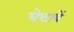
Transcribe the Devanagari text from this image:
चेष्‍टायें